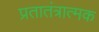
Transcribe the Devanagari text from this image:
प्रतातंत्रात्मक